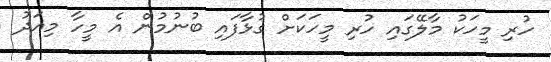
ހުރި މީހަކު މާލޭގައި ހުރި މީހަކަށް ގުޅާފައި ބުނުމުން އެ މީހާ މިއަދު